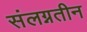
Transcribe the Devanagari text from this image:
संलग्नतीन